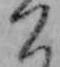
こ